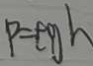
P = \rho g h